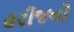
હરીજનો